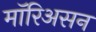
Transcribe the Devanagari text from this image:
मॉरिअसन